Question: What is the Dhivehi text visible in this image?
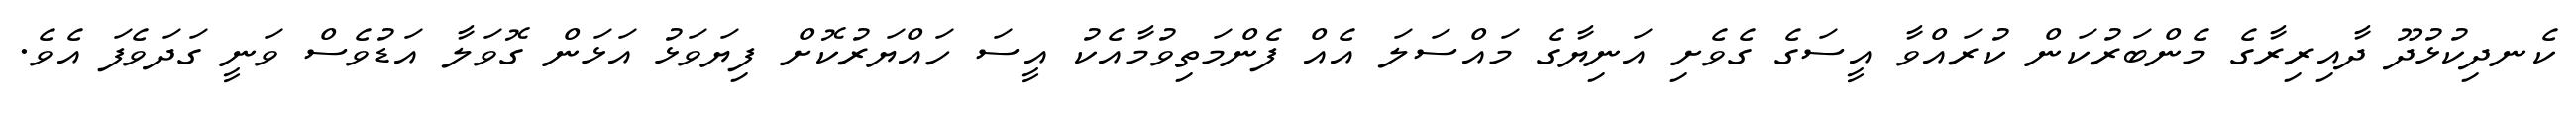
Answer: ކެނދިކުޅުދޫ ދާއިރިރާގެ މެންބަރުކަން ކުރައްވާ އީސަގެ ގެވެށި އަނިޔާގެ މައްސަލަ އެއް ފެންމަތިވުމާއެކު އީސަ ހައްޔަރުކޮށް ފިޔަވަޅު އަޅަން ގޮވަލާ އަޑުވެސް ވަނީ ގަދަވެފަ އެވެ.